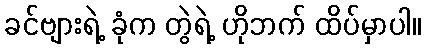
ခင်ဗျားရဲ့ ခုံက တွဲရဲ့ ဟိုဘက် ထိပ်မှာပါ။